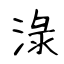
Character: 淥